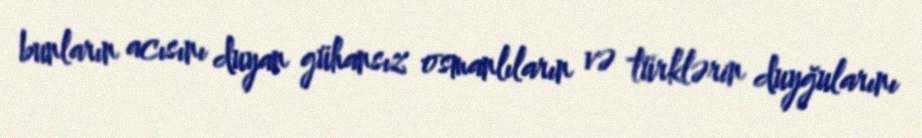
bunların acısını duyan gühansız osmanlıların və türklərin duyğularını